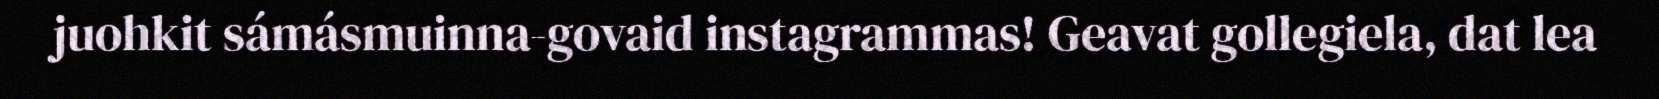
juohkit sámásmuinna-govaid instagrammas! Geavat gollegiela, dat lea